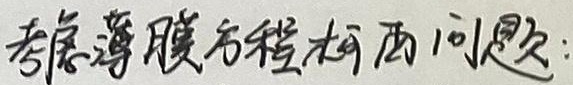
考虑薄膜方程柯西问题：